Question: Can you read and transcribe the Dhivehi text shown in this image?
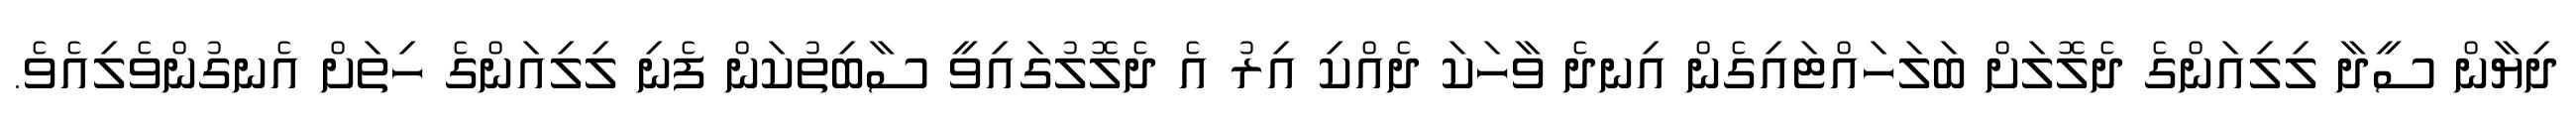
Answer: ދިޔާން ސީދާ ލިލިއަންގެ ދެލޮލަށް ބަލަހައްޓައިގެން އިނދެ ވާހަކަ ދެއްކި އިރު އެ ދެލޮލުގައިވީ ސާބިތުކަން ފެނި ލިލިއަންގެ ހިތަށް އެނގުންވެލިއެވެ.